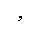
Letter: _waw